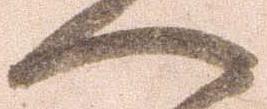
へ